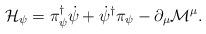
LaTeX: \begin{align*}{\cal H}_{\psi }=\pi _{\psi }^{\dagger }\dot{\psi }+\dot {\psi }^{\dagger }\pi _{\psi } - \partial_{\mu}{\cal M}^{\mu} .\end{align*}